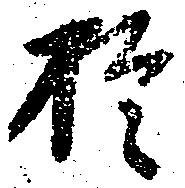
於